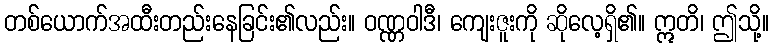
တစ်ယောက်အထီးတည်းနေခြင်း၏လည်း။ ဝဏ္ဏဝါဒီ၊ ကျေးဇူးကို ဆိုလေ့ရှိ၏။ ဣတိ၊ ဤသို့။